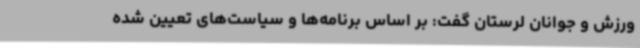
ورزش و جوانان لرستان گفت: بر اساس برنامه‌ها و سیاست‌های تعیین شده